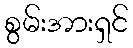
စွမ်းအားရှင်